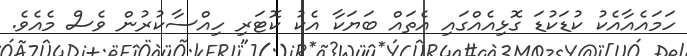
ހަމައެއާއެކު ކުޑަކުޑަ ގޮޅިއެއްގައި އެތައް ބަޔަކާ އެކު ކޮޓަރި ހިއްސާކުރުން ވެސް މެއެވެ.